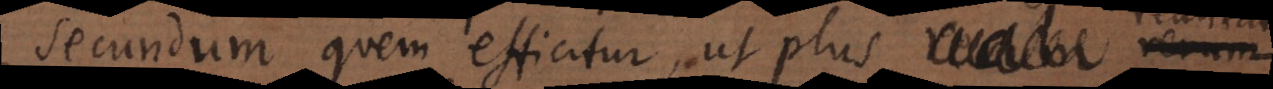
secundum quem efficitur, ut plus reali